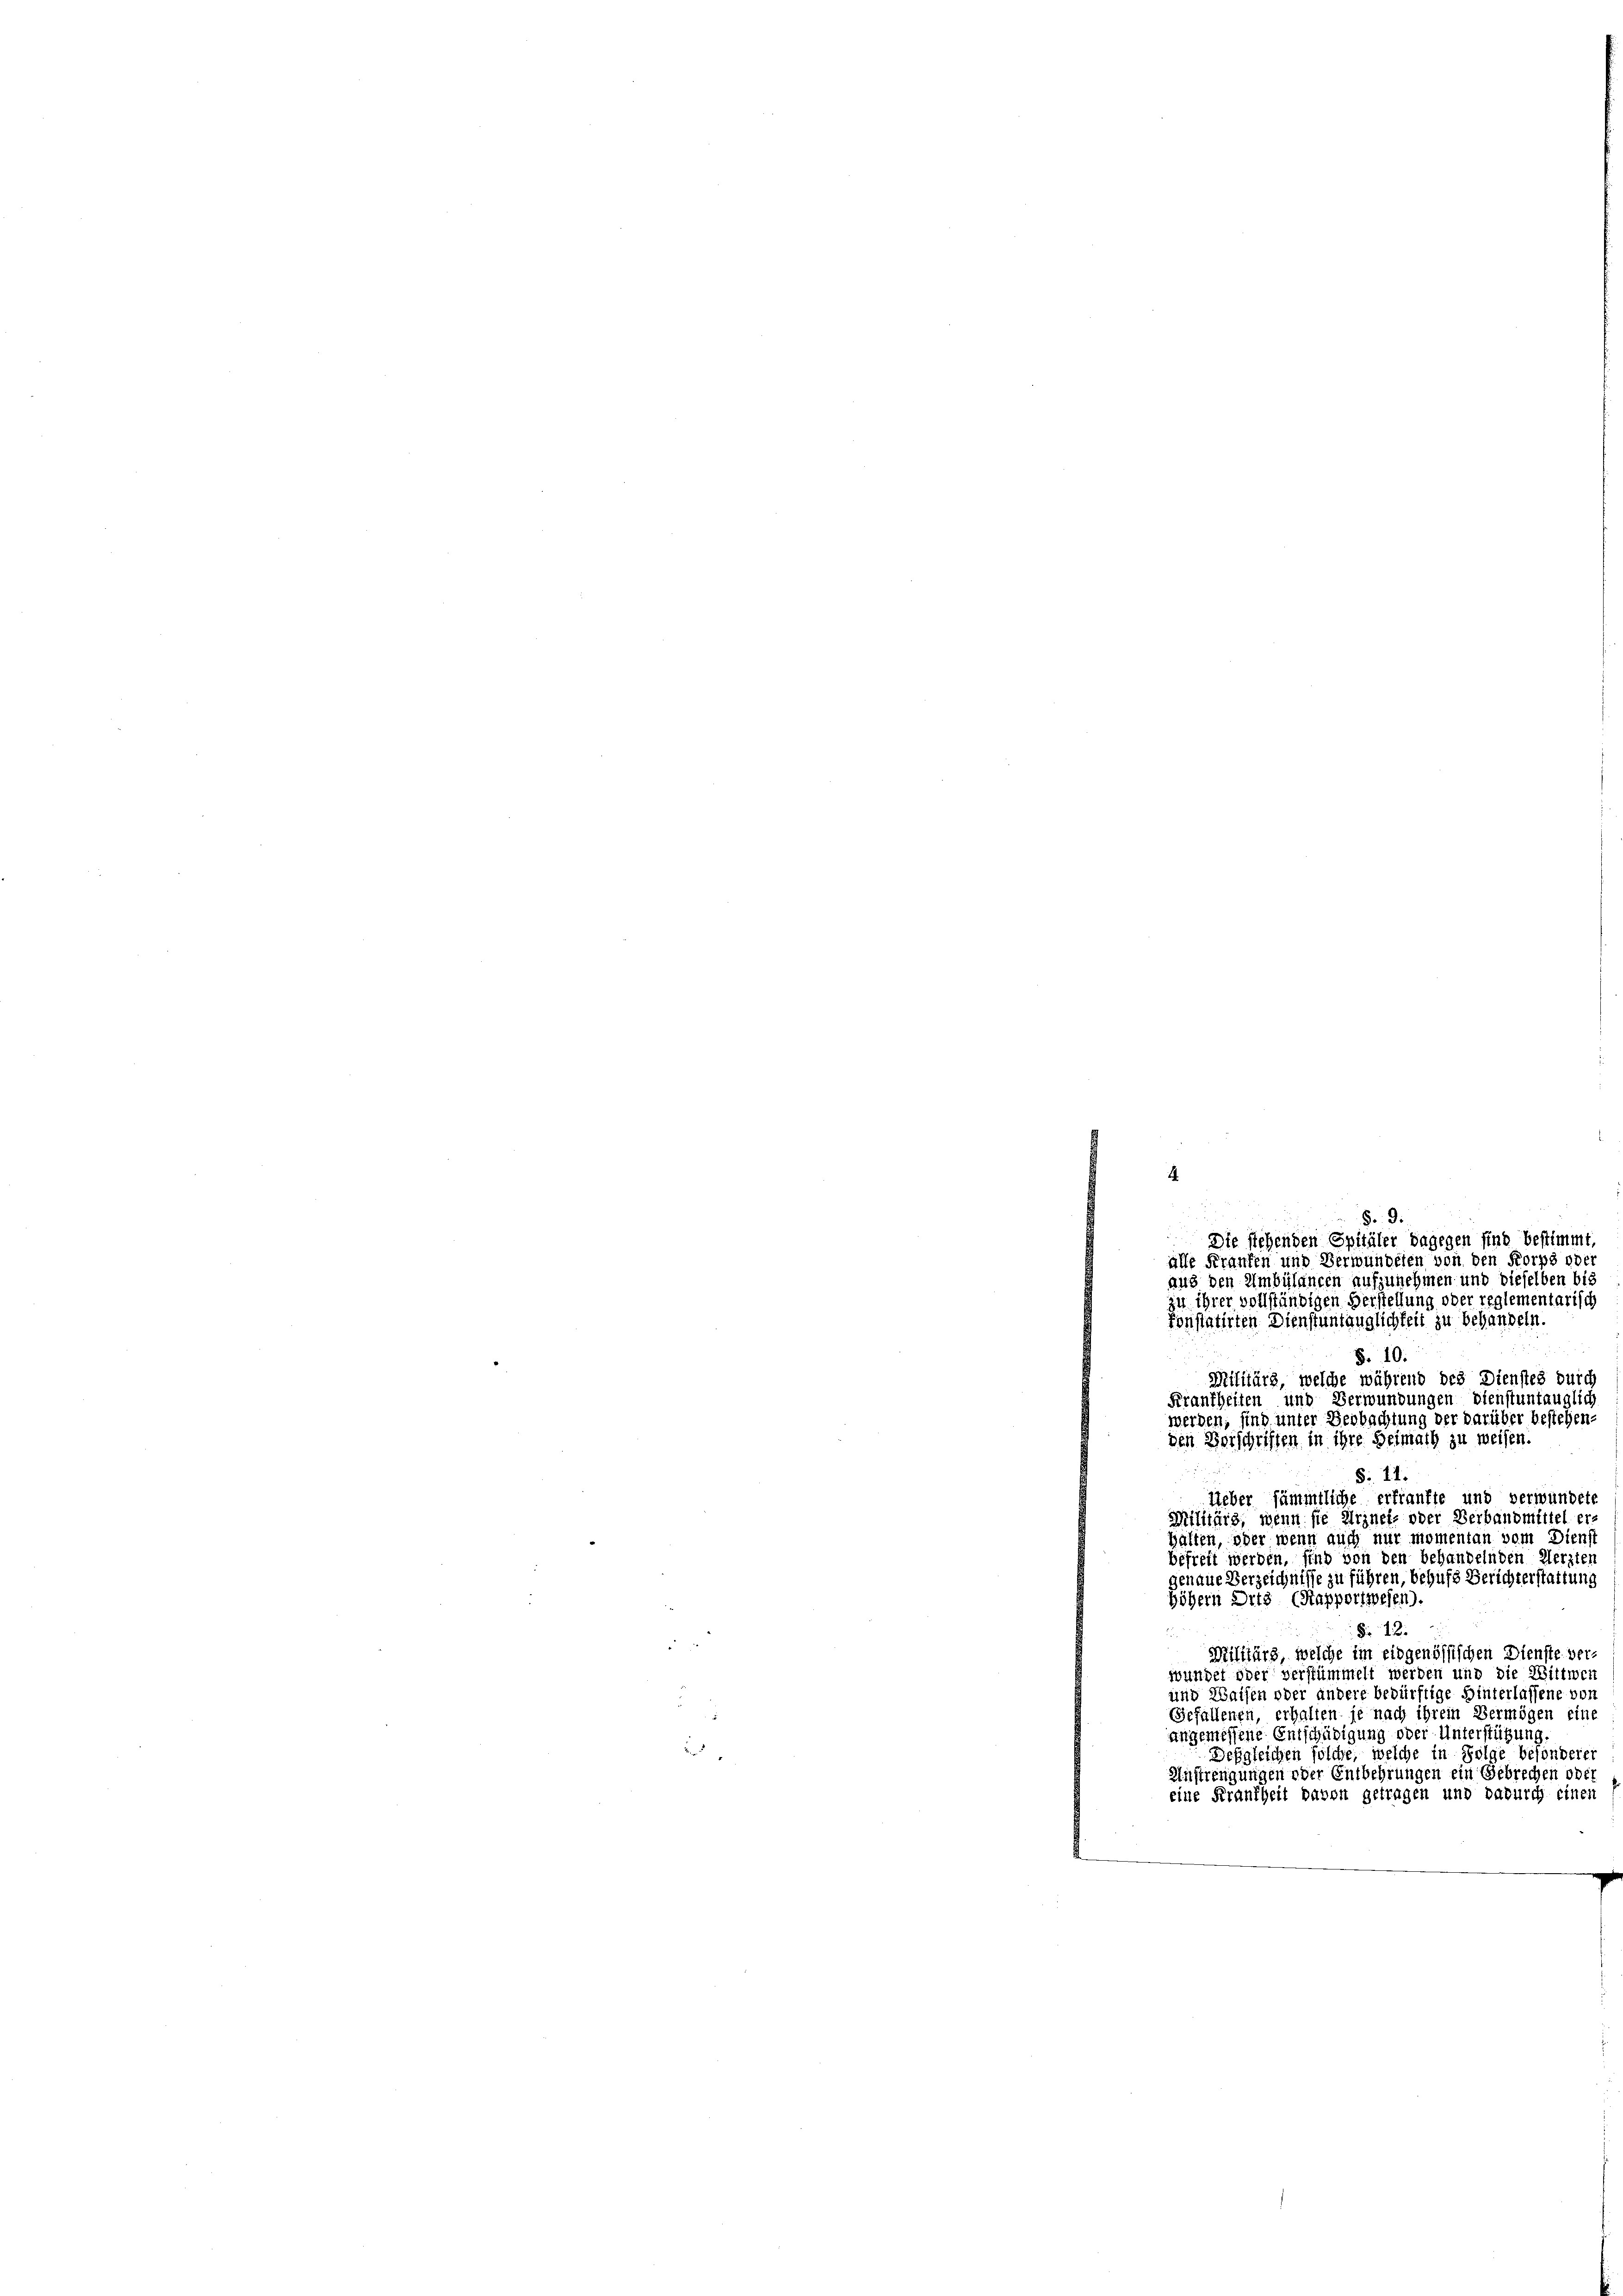
alle Franken und Verwundeten von den Korps oder
aus den Umbülancen aufzunehmen und dieselben bis
zu ihrer vollständigen Verstellung oder reglementarisch
konstatirten Dienstuntauglichkeit zu behandeln.
§. 10.
Militärs, welche während des Dienstes durch
Frankheiten und Verwundungen dienstuntauglich
werden, sind unter Beobachtung der darüber bestehenden Vorschriften in ihre Heimath zu weiser

§. 11.
Lieber sämmtliche erfranfte und verwundet
Militärs, wenn sie Arznet- oder Verbandmittel ers
Halten, oder wenn auch nur momentan vom Dienst
befreit werden, sind von den behandelnden Aerzten
genaue Verzeichnisse zu führen, behufs Berichterstattung
höhern Orts (Stapporipresen).
§. 12.
.
Militärs, welche im eidgenössischen Dienste verwundet oder verstümmelt werden und die Wittwei
und Waisen oder andere bedürftige Hinterlassene von
Gefallenen, erhalten je nach ihrem Vermögen eine
angemessene Entschädigung oder Unterstützung.
Desgleichen solche, welche in Folge besonderer
Anstrengungen oder Entbehrungen ein Gebrechen oder
eine Frankheit davon getragen und dadurch einen

4.

§. 9.
Die siehenden Spitäler dagegen sind bestimmt,